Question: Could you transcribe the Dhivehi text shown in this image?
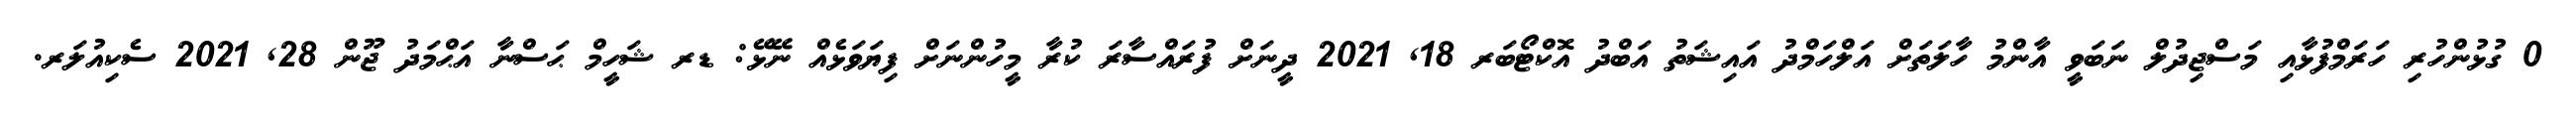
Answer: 0 ގުޅުންހުރި ހަރަމްފުޅާއި މަސްޖިދުލް ނަބަވީ އާންމު ހާލަތަށް އަލްހަމްދު އައިޝަތު އަބްދު އޮކްޓޯބަރ 18, 2021 ދީނަށް ފުރައްސާރަ ކުރާ މީހުންނަށް ފިޔަވަޅެއް ނޭޅޭ: ޑރ ޝަހީމް ޙަސްނާ އަޙްމަދު ޖޫން 28, 2021 ސެކިއުލަރ.